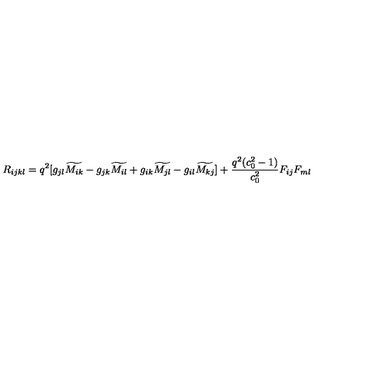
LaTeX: R _ { i j k l } = q ^ { 2 } [ g _ { j l } \widetilde { M _ { i k } } - g _ { j k } \widetilde { M _ { i l } } + g _ { i k } \widetilde { M _ { j l } } - g _ { i l } \widetilde { M _ { k j } } ] + { \frac { q ^ { 2 } ( c _ { 0 } ^ { 2 } - 1 ) } { c _ { 0 } ^ { 2 } } } F _ { i j } F _ { m l }